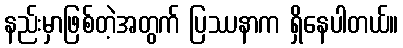
နည်းမှာဖြစ်တဲ့အတွက် ပြဿနာက ရှိနေပါတယ်။